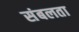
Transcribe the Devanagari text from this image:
संबलता